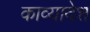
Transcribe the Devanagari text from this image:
काव्यादेश